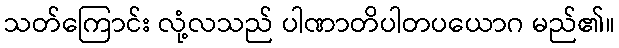
သတ်ကြောင်း လုံ့လသည် ပါဏာတိပါတပယောဂ မည်၏။